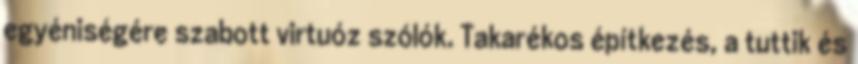
egyéniségére szabott virtuóz szólók. Takarékos építkezés, a tuttik és